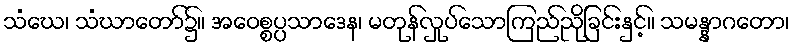
သံဃေ၊ သံဃာတော်၌။ အဝေစ္စပ္ပသာဒေန၊ မတုန်လှုပ်သောကြည်ညိုခြင်းနှင့်။ သမန္နာဂတော၊